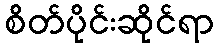
စိတ်ပိုင်းဆိုင်ရာ